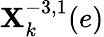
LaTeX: \mathbf{X}_{k}^{-3,1}(e)